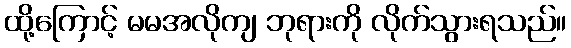
ထို့ကြောင့် မမအလိုကျ ဘုရားကို လိုက်သွားရသည်။